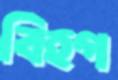
বিহগ